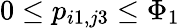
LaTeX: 0\le p_{i1,j3}\le\Phi_{1}